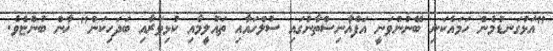
"އަޅުގަނޑުމެން ހަމައެކަނި ބޭނުންވަނީ އަފްޣާނިސްތާނުގައި ސުލްހައާއި ތައުލީމާއި ކުޅިވަރާއި ބަދަހިކަން" ޚާން ބުންޏެވެ.